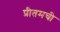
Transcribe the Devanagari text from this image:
प्रीतमची